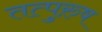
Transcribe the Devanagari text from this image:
तत्पुरु़ष